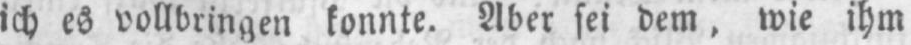
ich es vollbringen konnte. Aber sei dem, wie ihm